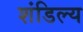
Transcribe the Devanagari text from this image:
शंडिल्य